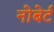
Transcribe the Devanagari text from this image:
नोबेर्ट